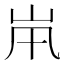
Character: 𡵵